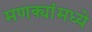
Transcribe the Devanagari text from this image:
मणक्यांमध्ये